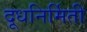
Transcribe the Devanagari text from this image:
दूधनिर्मिती